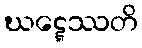
ဃဋ္ဋေဿတိ